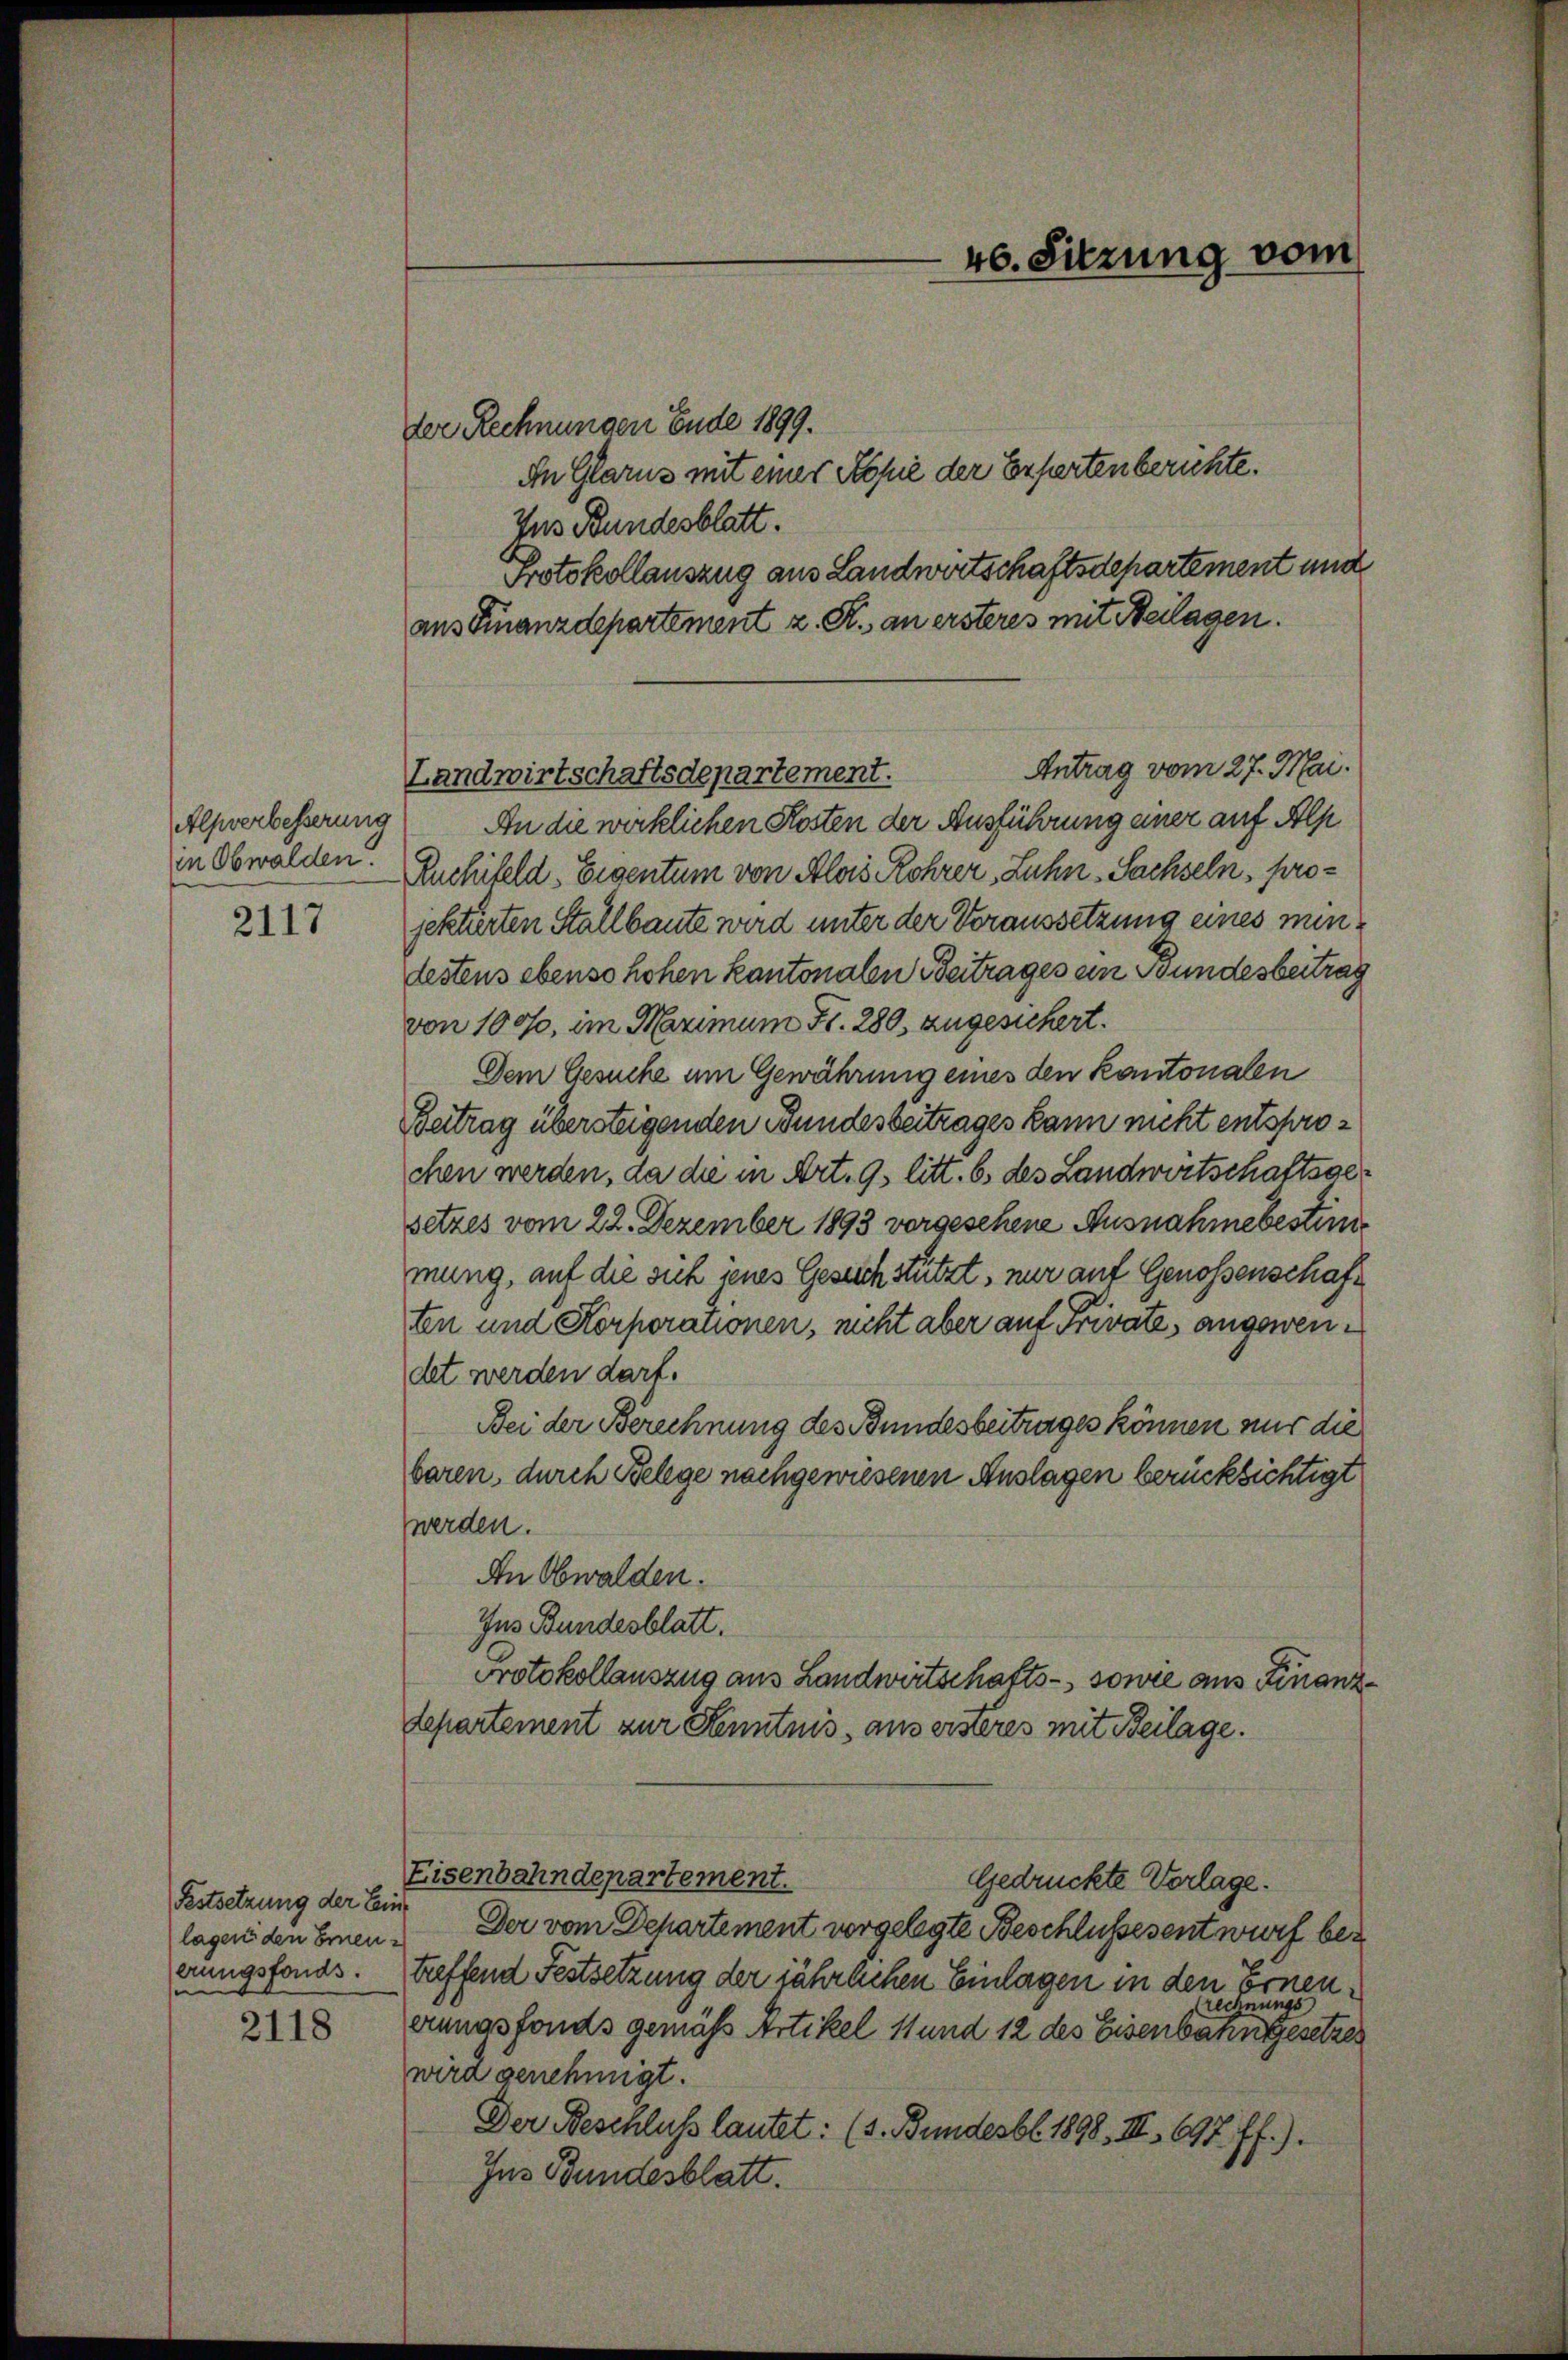
Alpverbesserung
in Obwalden.

2117

2118

Festsetzung der Ein-
e

der Rechnungen Ende 1899.
In Glarus mit einer Kopie der Experten berichte.
Ins Bundesblatt.
Protokollauszug aus Landwirtschaftsdepartement und
aus Finanzdepartement z. R. an ersteres mit Heilagen.
Antrag vom 27. Mai.
An die wirklichen Kosten der Ausführung einer auf Alp
Ruchifeld. Eigentum von Alois Rohrer, Luhn- Sachseln, projektirten Stallbaute wird unter der Voraussetzung eines nundestens ebenso hohen kantonalen Beitrages an Bundesbeitrag
von 100%, im Maximum Fr. 280, zugesichert.
Dem Gesuche um Gewährung eines den Kantonalen
Betrag übersteigenden Bundesbeitrages kann nicht entsprochen werden, da die in Art. 9 litt. b des Landwirtschaftsgesetzes vom 22. Dezember 1893 vorgesehene Ausnahmebestime
mung, auf die sich jenes Gesich stützt, nur auf Genossenschaft
ten und Korporationen, nicht aber auf Private, angewendet werden darf.
Bei der Berechnung des Bundesbeitrages können nur die
baren, durch Belege nachgewiesenen Auslagen berücksichtigt
werden.
An Obwalden.
Ins Bundesblatt.
Protokollauszug aus Landwirtschafts-, sowie aus Finanzdepartement zur Kenntnis, aus ersteres mit Beilage.
Eisenbahndepartement.
Gedrückte Vorlage.
lagen den Einen. Der vom Departement vorgelegte Beschlussesentwurf beerungsfonds. streffend Festsetzung der jährlichen Einlagen in den Ernenrungs
rech
erungsfonds gemäß Artikel 11 und 12 des Eisenbahngesetzes
wird genehmigt.
Der Beschluß lautet: (s. Bundesbl. 1898, III, 697 ff.).
Ins Bundesblatt.

Landwirtschaftsdepartement.

46. Sitzung vom